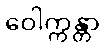
ဝေါက္ကန္တာ